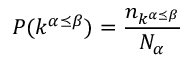
\displaystyle P ( k ^ { \alpha \preceq \beta } ) = \frac { n _ { k ^ { \alpha \preceq \beta } } } { N _ { \alpha } }